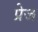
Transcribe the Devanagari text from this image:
प्रेज